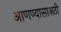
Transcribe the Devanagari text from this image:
आणण्यासाअठी